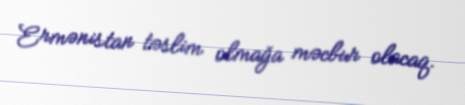
Ermənistan təslim olmağa məcbur olacaq.